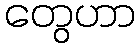
တွေဟာ